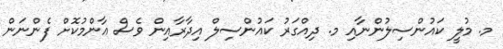
މ. މުލީ ކައުންސިލުންނާއި މ. ދިއްގަރު ކައުންސިލް އިދާރާއިން ވެސް ޢާންމުކޮށް ފެންނަން